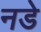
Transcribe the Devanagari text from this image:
नडे